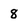
Character: 8